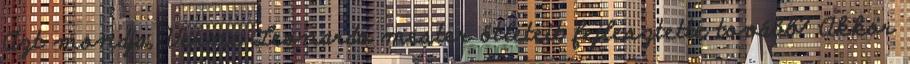
Azt mondja, Verne Leonardo mester ötleteit fejlesztette tovább? Akkor